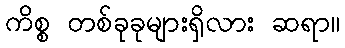
ကိစ္စ တစ်ခုခုများရှိလား ဆရာ။